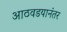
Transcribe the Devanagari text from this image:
आठवडयानंतर